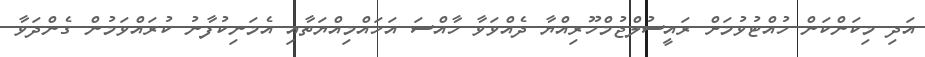
އަދި މިކަންކަން ހުއްޓުވުމަށް ރައީސުލްޖުމްހޫރިިއްޔާ ދެއްވަވާ ހާއްސަ އަހައްމިއްޔަތާއި އެމަނިކުފާނު ކުރައްވަމުން ގެންދަވާ